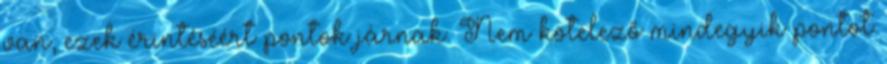
van, ezek érintéséért pontok járnak. Nem kötelező mindegyik pontot